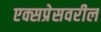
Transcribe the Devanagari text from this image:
एक्सप्रेसवरील